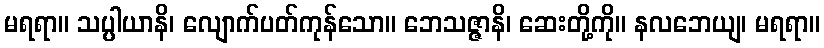
မရရာ။ သပ္ပါယာနိ၊ လျောက်ပတ်ကုန်သော။ ဘေသဇ္ဇာနိ၊ ဆေးတို့ကို။ နလဘေယျ၊ မရရာ။